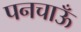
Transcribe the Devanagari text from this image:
पनचाऊँ